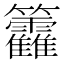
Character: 籱